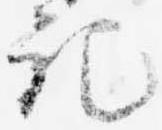
記